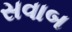
સવાબ